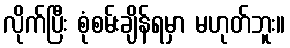
လိုက်ပြီး စုံစမ်းချိန်ရမှာ မဟုတ်ဘူး။